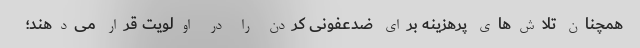
همچنان تلاش‌های پرهزینه‌ برای ضدعفونی کردن را در اولویت قرار می‌دهند؛